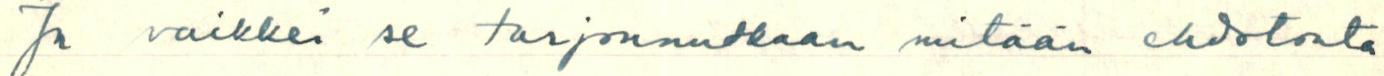
Ja vaikkei se tarjonnutkaan mitään ehdotonta